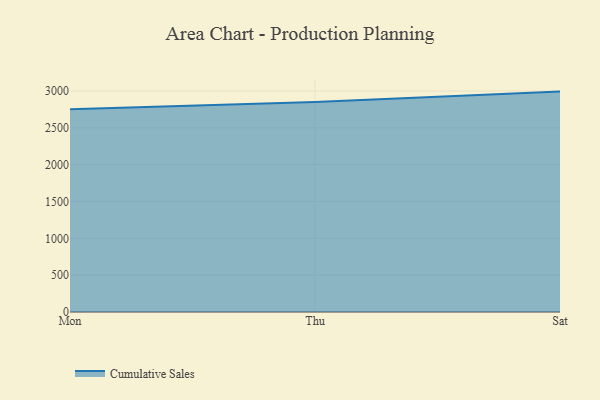
{"axis": {"x": "Day", "y": "Shipments"}, "legend": ["Cumulative Sales"], "data": [{"x": "Mon", "y": 2751.9, "type": "Cumulative Sales"}, {"x": "Thu", "y": 2848.7, "type": "Cumulative Sales"}, {"x": "Sat", "y": 2991.5, "type": "Cumulative Sales"}]}